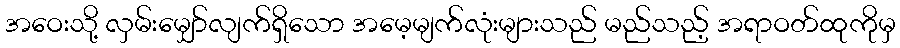
အဝေးသို့ လှမ်းမျှော်လျက်ရှိသော အမေ့မျက်လုံးများသည် မည်သည့် အရာဝတ်ထုကိုမှ